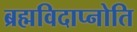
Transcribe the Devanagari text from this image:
ब्रह्मविदाप्नोति